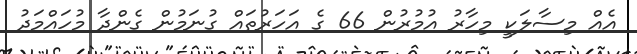
އެއް މިސާލަކީ މިހާރު އުމުރުން 66 ގެ އަހަރުތައް ގުނަމުން ގެންދާ މުހައްމަދު